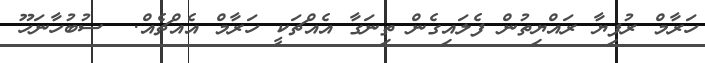
ހަރާމް ރުފިޔާ ރައްޔިތުން ފެލައިގެން ތިނަގާ އެއްޗަކީ ހަރާމް އެއްޗެއް.  ސުބުހާނަހޫ